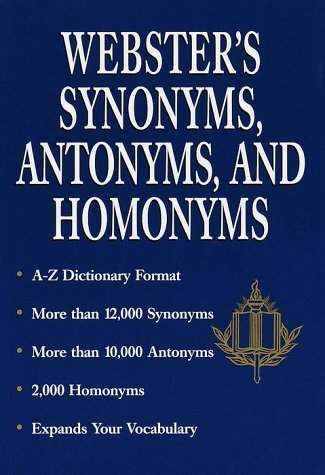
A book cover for Webster's Synonyms, Antonyms, and Homonyms; Rh Value Publishing; Reference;